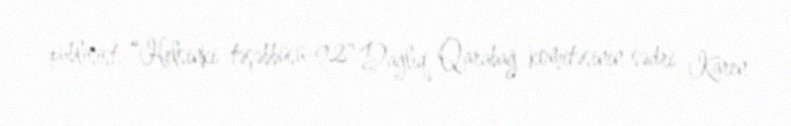
publisist, “Helsinki təşəbbüsü-92" Dağlıq Qarabağ komitəsinin sədri Karen